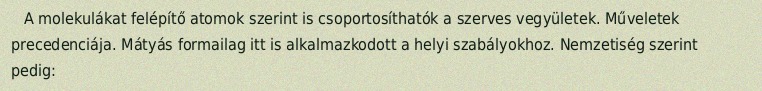
A molekulákat felépítő atomok szerint is csoportosíthatók a szerves vegyületek. Műveletek precedenciája. Mátyás formailag itt is alkalmazkodott a helyi szabályokhoz. Nemzetiség szerint pedig: